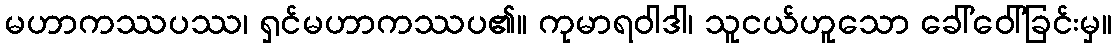
မဟာကဿပဿ၊ ရှင်မဟာကဿပ၏။ ကုမာရဝါဒါ၊ သူငယ်ဟူသော ခေါ်ဝေါ်ခြင်းမှ။